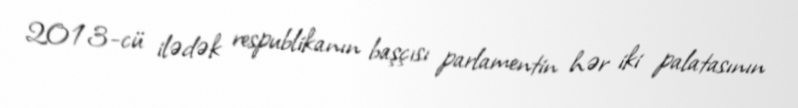
2013-cü ilədək respublikanın başçısı parlamentin hər iki palatasının